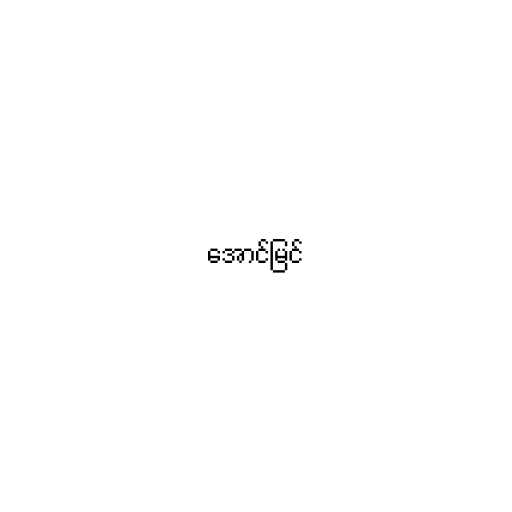
အောင်မြင်